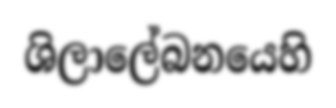
ශිලාලේබනයෙහි